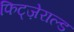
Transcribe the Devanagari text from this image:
फिट्ज़ेराल्ड